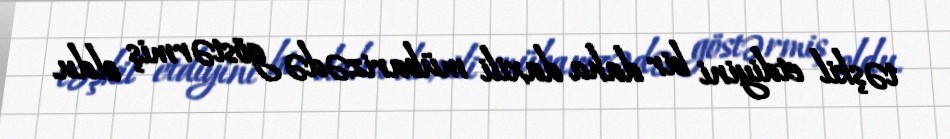
təşkil etdiyini bir daha daxili mübarizədə göstərmiş oldu.